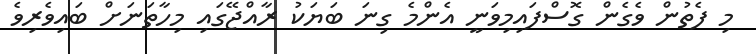
މި ފެތުން ވެގެން ގޮސްފައިމިވަނީ އެންމެ ގިނަ ބަޔަކު ރާއްޖޭގައި މިހާތަނަށް ބައިވެރިވެ